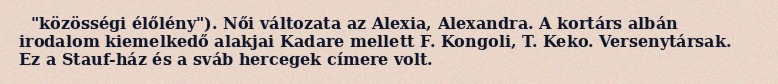
"közösségi élőlény"). Női változata az Alexia, Alexandra. A kortárs albán irodalom kiemelkedő alakjai Kadare mellett F. Kongoli, T. Keko. Versenytársak. Ez a Stauf-ház és a sváb hercegek címere volt.